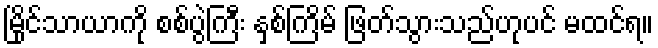
မြိုင်သာယာကို စစ်ပွဲကြီး နှစ်ကြိမ် ဖြတ်သွားသည်ဟုပင် မထင်ရ။